Annual administration report of the Civil Veterinary Department, Ajmere-Merwara, British Rajputana - 1914-1940
Year: 1914
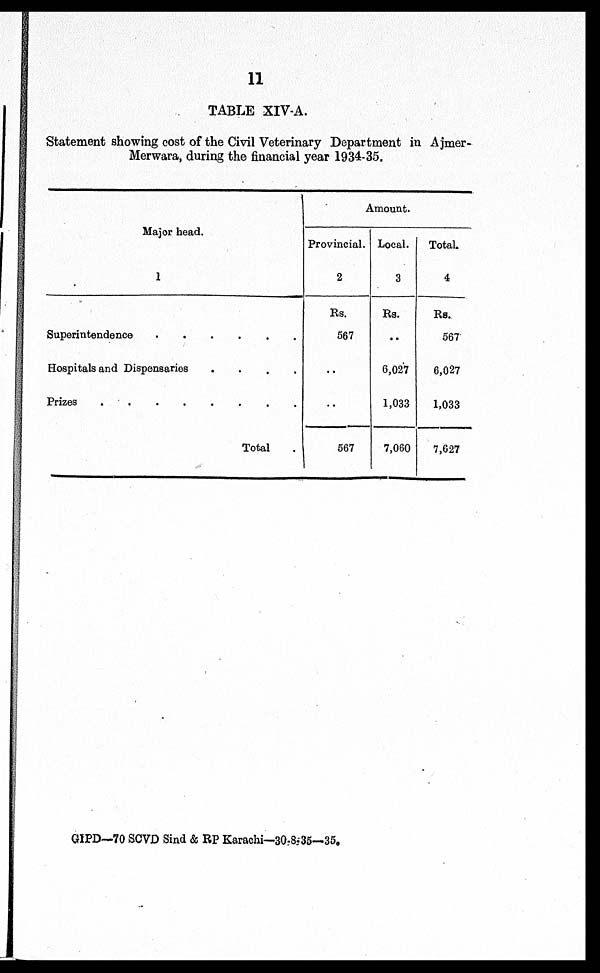
11
TABLE XIV-A.
Statement showing cost of the Civil Veterinary Department in Ajmer-
Merwara, during the financial year 1934-35.
Major head.
1
Superintendence . . . . . .
Hospitals and Dispensaries . . . . .
Prizes . . . . . . . .
Total .
Amount.
Provincial.
2
Rs.
567
..
..
567
Local.
3
Rs.
..
6,027
1,033
7,060
Total.
4
Rs.
567
6,027
1,033
7,627
GIPD—70 SCVD Sind & RP Karachi—30-8-35—35.